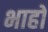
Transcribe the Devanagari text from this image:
भाहों